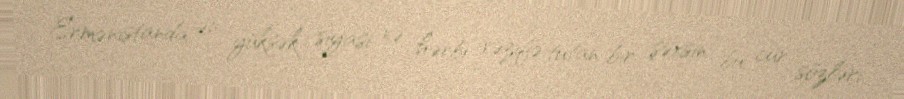
Ermənistanda ən yüksək siyasi və hərbi vəzifə tutan bir şəxsin bu cür sözləri